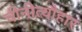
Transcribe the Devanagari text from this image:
चीनीत्यौहार